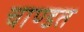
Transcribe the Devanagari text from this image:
चाण्डत